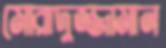
মোরাদুজ্জামান